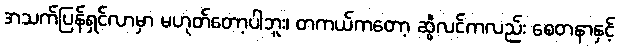
အသက်ပြန်ရှင်လာမှာ မဟုတ်တော့ပါဘူး၊ တကယ်ကတော့ ဆွီလင်ကလည်း စေတနာနှင့်